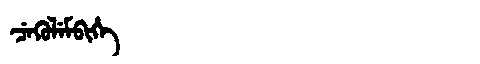
Manchu: ᠴᡝᡴᡠᠯᡝᠮᠪᡳᡥᡝ
Romanization: CEKULEMBIHE